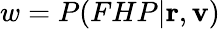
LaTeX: w=P(FHP|\mathbf{r},\mathbf{v})